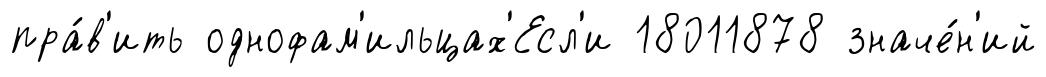
пра́в'ить однофам'ильцах'Есл'и 18011878 значе́н'ий